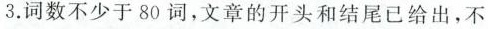
3.词数不少于80词，文章的开头和结尾已给出，不